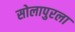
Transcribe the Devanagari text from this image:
सोलापुरला